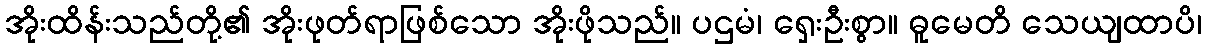
အိုးထိန်းသည်တို့၏ အိုးဖုတ်ရာဖြစ်သော အိုးဖိုသည်။ ပဌမံ၊ ရှေးဦးစွာ။ ဓူမေတိ သေယျထာပိ၊